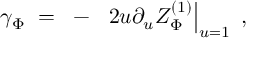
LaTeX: \gamma _ { \Phi } ~ = ~ - ~ \left. 2 u \partial _ { u } Z _ { \Phi } ^ { ( 1 ) } \right| _ { u = 1 } ~ ,